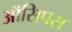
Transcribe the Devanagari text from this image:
ऑसिपस